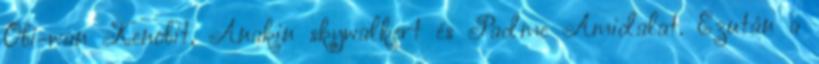
Obi-wan Kenobit, Anakin skywalkert és Padme Amidalat. Ezután a